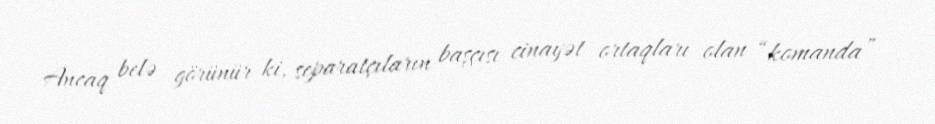
Ancaq belə görünür ki, separatçıların başçısı cinayət ortaqları olan “komanda”